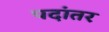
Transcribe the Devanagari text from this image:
पदांतर